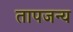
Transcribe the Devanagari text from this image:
तापजन्य